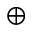
\oplus